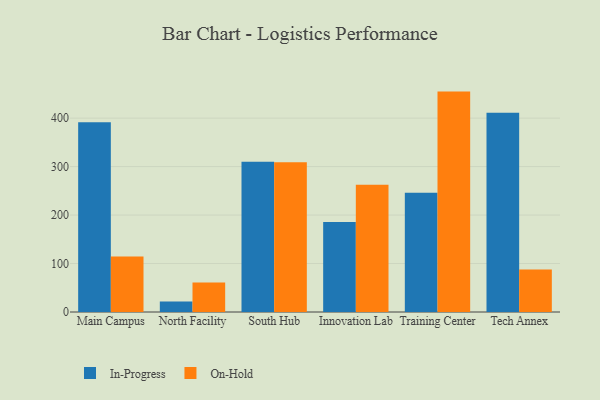
{"axis": {"x": "Campus", "y": "Churn Rate (%)"}, "legend": ["In-Progress", "On-Hold"], "data": [{"x": "Main Campus", "y": 391.4, "type": "In-Progress"}, {"x": "Main Campus", "y": 114.7, "type": "On-Hold"}, {"x": "North Facility", "y": 21.7, "type": "In-Progress"}, {"x": "North Facility", "y": 61.0, "type": "On-Hold"}, {"x": "South Hub", "y": 309.9, "type": "In-Progress"}, {"x": "South Hub", "y": 309.2, "type": "On-Hold"}, {"x": "Innovation Lab", "y": 185.7, "type": "In-Progress"}, {"x": "Innovation Lab", "y": 262.4, "type": "On-Hold"}, {"x": "Training Center", "y": 246.2, "type": "In-Progress"}, {"x": "Training Center", "y": 454.7, "type": "On-Hold"}, {"x": "Tech Annex", "y": 411.3, "type": "In-Progress"}, {"x": "Tech Annex", "y": 87.5, "type": "On-Hold"}]}